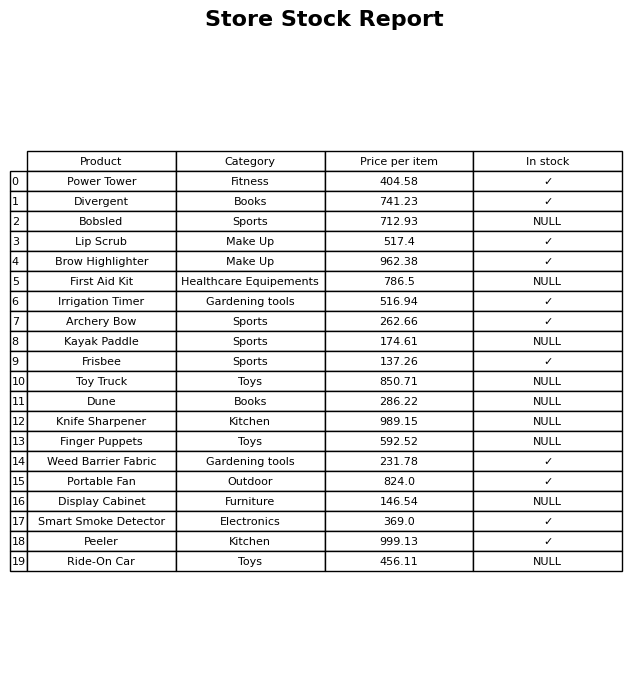
question: What is the price of the Smart Smoke Detector?
answer: The price of Smart Smoke Detector is 369.0.